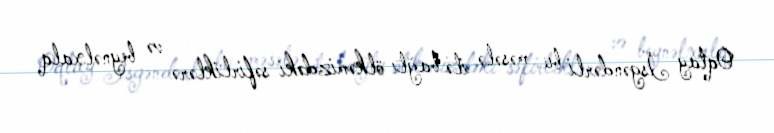
Oqtay İsgəndərli bu məsələ ilə bağlı ölkəmizdəki səfirliklərə və beynəlxalq